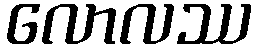
လောလဿ